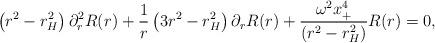
LaTeX: \begin{align*} \left(r^2 - r_{H}^2\right) \partial_{r}^2 R(r) + \frac{1}{r} \left(3r^2 -r_{H}^2\right) \partial_{r} R(r) + \frac{\omega^2 x_{+}^4}{(r^2 -r_{H}^2)} R(r) =0,\end{align*}